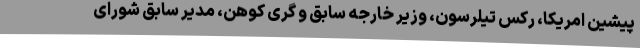
پیشین امریکا، رکس تیلرسون، وزیر خارجه سابق و گری کوهن، مدیر سابق شورای